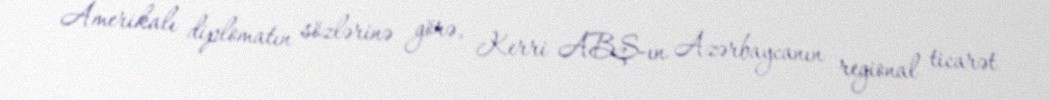
Amerikalı diplomatın sözlərinə görə, Kerri ABŞ-ın Azərbaycanın regional ticarət